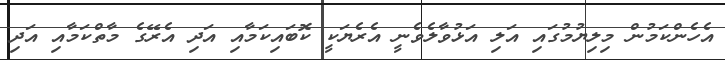
އެހެންކަމުން މިލިޔުމުގައި އަލި އަޅުވާލެވެނީ އެރެޔަކީ ކޮބައިކަމާއި އަދި އެރޭގެ މާތްކަމާއި އަދި